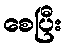
စေပြီး